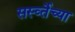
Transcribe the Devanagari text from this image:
सर्स्व्तेच्या